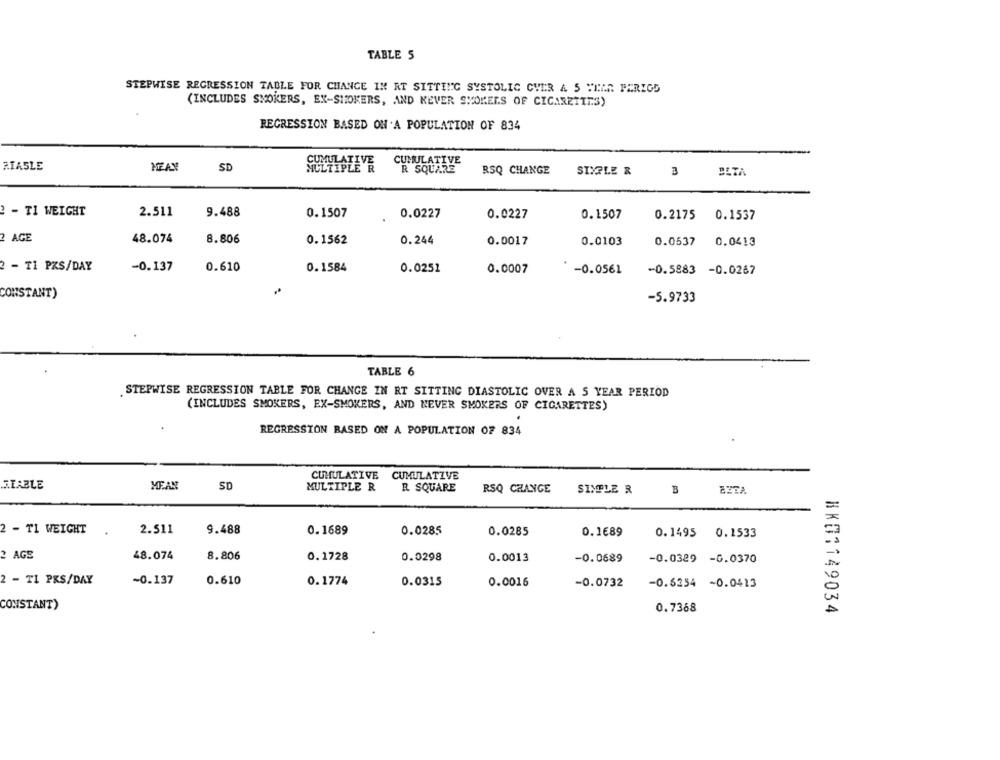
TABLE 5
STEPWISE REGRESSION TABLE FOR CHANGE IN RT SITTING SYSTOLIC CUER A 5 YEAR PERIOD
(INCLUDES SMOKERS, EX-SHOKERS, AND KEVER SMOKERS OF CIGARETTES)
REGRESSION BASED ON A POPULATION OF 834
CUMULATIVE
RIASLE
MEAN
SD
R SQUARE
RSQ CHANGE
SIXPLE R
3
2 - TI WEIGHT
2.511
9.488
0.1507
0.0227
0.0227
0.1507
0.2175 0.1537
2 AGE
48.074
8.806
0.1562
0.244
0.0017
0.0103
0.0537
0.0413
-0.137
2 - T1 PZS/DAY
0.610
0.1584
0.0251
0.0007
-0.0561
-0.5883 -0.0267
CONSTANT)
-5.9733
TABLE 6
STEPWISE REGRESSION TABLE FOR CHANGE IN RT SITTING DIASTOLIC OVER A S YEAR PERIOD
(INCLUDES SMOKERS, EX-SMOKERS, AND NEVER SMOKERS OF CIGARETTES)
REGRESSION BASED ON A POPULATION 07 834
CUMULATIVE CUMULATIVE
ILABLE
MEAN
SD
MULTIPLE R
R. SQUARE
RSQ CHANGE
SIMPLE R
B
2 - TI WEIGHT
2.511
9.488
0.1689
0.0285
0.0285
0.1€89
0.1495 0.1533
2 AGE
48.074
8.806
0.1728
0.0298
0.0013
-0.0689
-0.0329 -0.0370
2 - TI PKS/DAY
~0.137
0.610
0.1774
0.0315
0.0016
-0.0732
-0.6254 -0.0413
CONSTANT)
0.7368
BK01149034